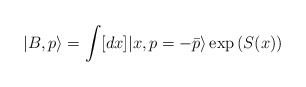
\begin{align*}|B, p\rangle=\int [dx]|x, p=-\bar{p}\rangle \exp{\left(S(x)\right)}\end{align*}